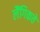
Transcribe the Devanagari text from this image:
लैंगिकते